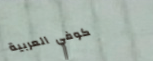
كوفي العربية